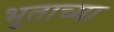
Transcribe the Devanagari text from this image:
भूताच्या